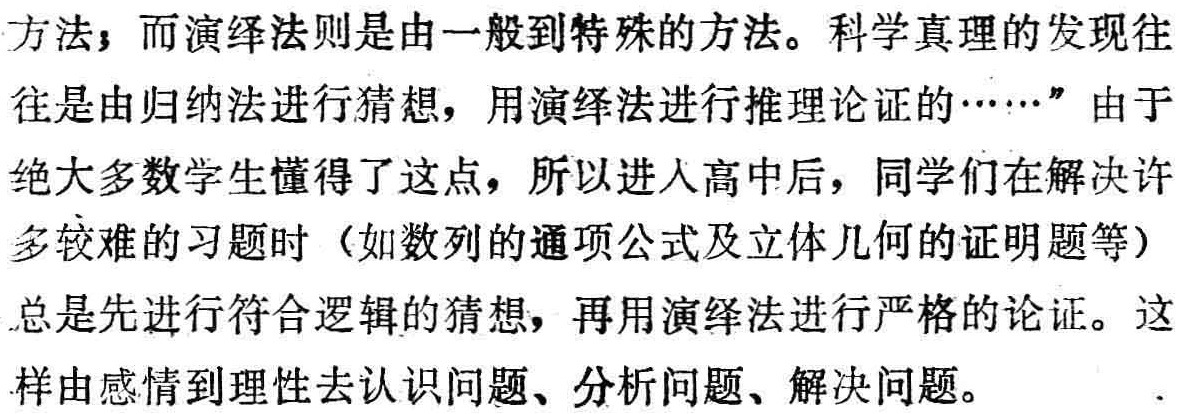
方法；而演绎法则是由一般到特殊的方法。科学真理的发现往

往是由归纳法进行猜想，用演绎法进行推理论证的……”由于

绝大多数学生懂得了这点，所以进入高中后，同学们在解决许

多较难的习题时（如数列的通项公式及立体几何的证明题等）

总是先进行符合逻辑的猜想，再用演绎法进行严格的论证。这

样由感情到理性去认识问题、分析问题、解决问题。